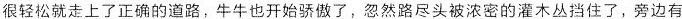
很轻松就走上了正确的道路，牛牛也开始骄傲了，忽然路尽头被浓密的灌木丛挡住了，旁边有